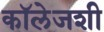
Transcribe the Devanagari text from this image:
कॉलेजशी